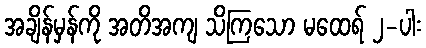
အချိန်မှန်ကို အတိအကျ သိကြသော မထေရ် ၂-ပါး